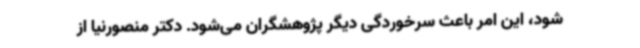
شود، این امر باعث سرخوردگی دیگر پژوهشگران می‌شود. دکتر منصورنیا از